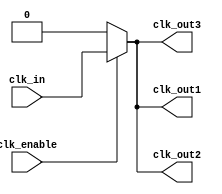
module low_power_clock_buffer (
    input wire clk_in,               // Input clock signal
    input wire clk_enable,           // Clock gating control signal
    output wire clk_out1,            // Output clock 1
    output wire clk_out2,            // Output clock 2
    output wire clk_out3             // Output clock 3
);

    // Intermediate signals
    wire gated_clk;                  // Gated clock signal
    wire clk_buf1, clk_buf2, clk_buf3; // Buffered clock outputs

    // Input Stage: Schmitt Trigger (simple buffer for this example)
    wire clk_clean;
    assign clk_clean = clk_in; // In a real design, use a Schmitt trigger for signal conditioning

    // Clock Gating Logic
    assign gated_clk = clk_enable ? clk_clean : 1'b0; // Gating the clock based on enable signal

    // Buffer Stage: Simple inverter buffers (can be optimized further)
    assign clk_buf1 = gated_clk; // First buffer stage
    assign clk_buf2 = gated_clk; // Second buffer stage
    assign clk_buf3 = gated_clk; // Third buffer stage

    // Output Drivers: Drive the outputs with the buffered clocks
    assign clk_out1 = clk_buf1; // Output 1
    assign clk_out2 = clk_buf2; // Output 2
    assign clk_out3 = clk_buf3; // Output 3

endmodule